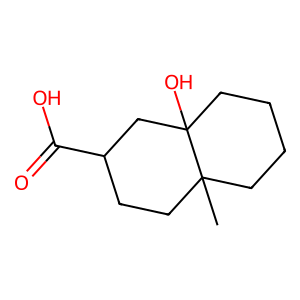
SMILES: CC12CCCCC1(O)CC(C(=O)O)CC2
Inhibits HIV replication: No